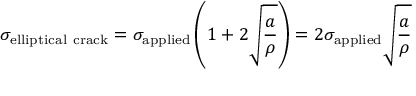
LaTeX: \sigma _ { \mathrm { e l l i p t i c a l \ c r a c k } } = \sigma _ { \mathrm { a p p l i e d } } \left( 1 + 2 { \sqrt { \frac { a } { \rho } } } \right) = 2 \sigma _ { \mathrm { a p p l i e d } } { \sqrt { \frac { a } { \rho } } }